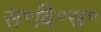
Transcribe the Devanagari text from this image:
स॰वि॰स॰